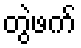
တွဲဖက်